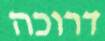
דרוכה